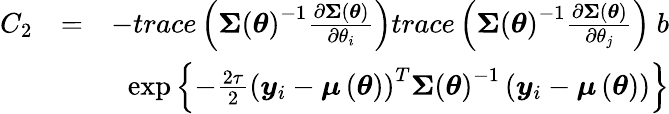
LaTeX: \begin{array}{rlr}{C_{2}}&{=}&{-trace\left(\boldsymbol{\Sigma}\left(\boldsymbol{\theta}\right)^{-1}\frac{\partial\boldsymbol{\Sigma}\left(\boldsymbol{\theta}\right)}{\partial\theta_{i}}\right)trace\left(\boldsymbol{\Sigma}\left(\boldsymbol{\theta}\right)^{-1}\frac{\partial\boldsymbol{\Sigma}\left(\boldsymbol{\theta}\right)}{\partial\theta_{j}}\right)\mathrm{~}b}\\ &{}&{\exp\left\{ -\frac{2\tau}{2}\left(\boldsymbol{y}_{i}-\boldsymbol{\mu}\left(\boldsymbol{\theta}\right)\right)^{T}\boldsymbol{\Sigma}\left(\boldsymbol{\theta}\right)^{-1}\left(\boldsymbol{y}_{i}-\boldsymbol{\mu}\left(\boldsymbol{\theta}\right)\right)\right\} }\end{array}